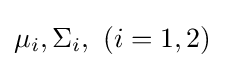
\mu _{i},\Sigma _{i},\ (i=1,2)